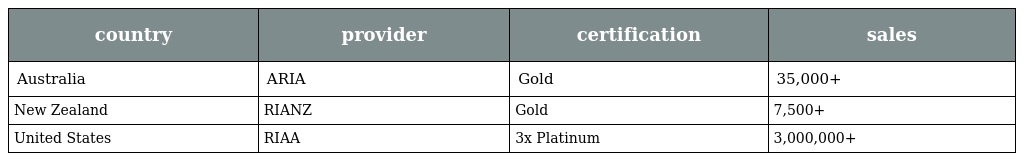
| country | provider | certification | sales |
 | --- | --- | --- | --- |
 | Australia | ARIA | Gold | 35,000+ |
 | New Zealand | RIANZ | Gold | 7,500+ |
 | United States | RIAA | 3x Platinum | 3,000,000+ |